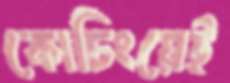
কোচিংয়েই